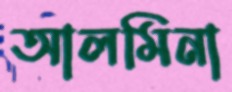
আলমিনা